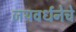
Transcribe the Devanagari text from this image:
जयवर्धनेचे